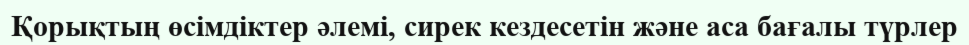
Қорықтың өсімдіктер әлемі, сирек кездесетін және аса бағалы түрлер